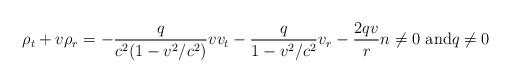
LaTeX: \begin{align*}\displaystyle\rho_{t}+v\rho_{r}=-\frac{q}{c^{2}(1-v^{2}/c^{2})}vv_{t}-\frac{q}{1-v^{2}/c^{2}}v_{r}-\frac{2qv}{r}n\neq0\text{ and}q\neq0 \end{align*}